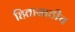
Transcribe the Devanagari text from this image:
हितासाठीच